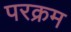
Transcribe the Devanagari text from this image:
परक्रम